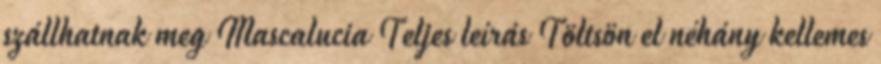
szállhatnak meg Mascalucia Teljes leírás Töltsön el néhány kellemes